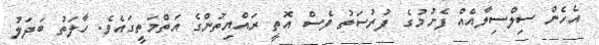
އެހެން ސިލްސިލާއެއް ފެށުމުގެ ފުރުސަތު ވެސް އޮތީ ރައްޔިތުންގެ އަތްމަތީގައެވެ. ހާލަތު ބަދަލު